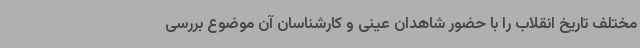
مختلف تاریخ انقلاب را با حضور شاهدان عینی و کارشناسان آن موضوع بررسی